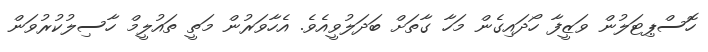
ހޮސްޕިޓަލުން ވަޒީފާ ހޯދައިގެން މަހާ ގާތަށް ބަދަލުވީއެވެ. އެހާވަރުން މަތީ ތައުލީމް ހާސިލުކުރުވަން